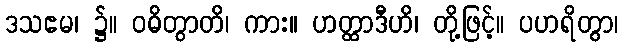
ဒသဧမ၊ ၌။ ဝဓိတွာတိ၊ ကား။ ဟတ္ထာဒီဟိ၊ တို့ဖြင့်။ ပဟရိတွာ၊